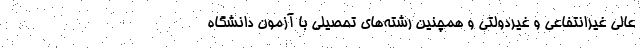
عالی غیرانتفاعی و غیردولتی و همچنین رشته‌های تحصیلی با آزمون دانشگاه